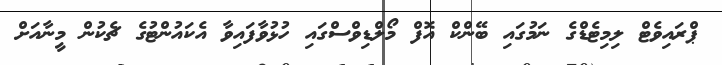
ޕްރައިވެޓް ލިމިޓެޑްގެ ނަމުގައި ބޭންކް އޮފް މޯލްޑިވްސްގައި ހުޅުވާފައިވާ އެކައުންޓުގެ ޗެކުން މީނާއަށް